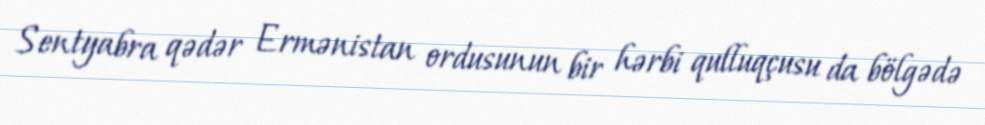
Sentyabra qədər Ermənistan ordusunun bir hərbi qulluqçusu da bölgədə